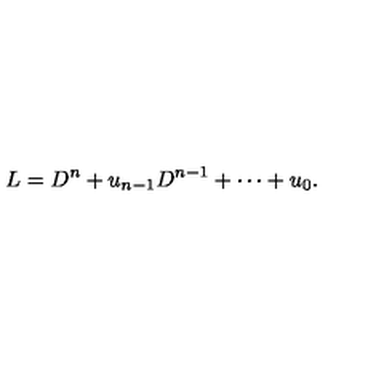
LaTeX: L = D ^ { n } + u _ { n - 1 } D ^ { n - 1 } + \cdots + u _ { 0 } .